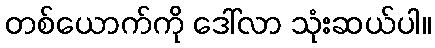
တစ်ယောက်ကို ဒေါ်လာ သုံးဆယ်ပါ။